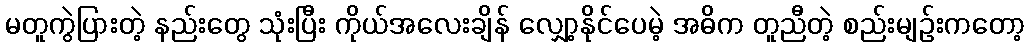
မတူကွဲပြားတဲ့ နည်းတွေ သုံးပြီး ကိုယ်အလေးချိန် လျှော့နိုင်ပေမဲ့ အဓိက တူညီတဲ့ စည်းမျဉ်းကတော့